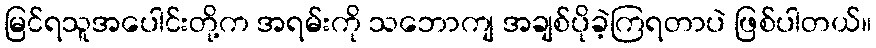
မြင်ရသူအပေါင်းတို့က အရမ်းကို သဘောကျ အချစ်ပိုခဲ့ကြရတာပဲ ဖြစ်ပါတယ်။